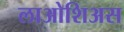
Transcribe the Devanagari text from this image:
लाओशिअस